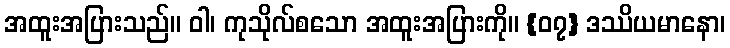
အထူးအပြားသည်။ ဝါ၊ ကုသိုလ်စသော အထူးအပြားကို။ {၀၇} ဒဿိယမာနော၊